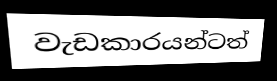
වැඩකාරයන්ටත්